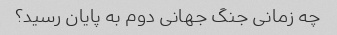
چه زمانی جنگ جهانی دوم به پایان رسید؟